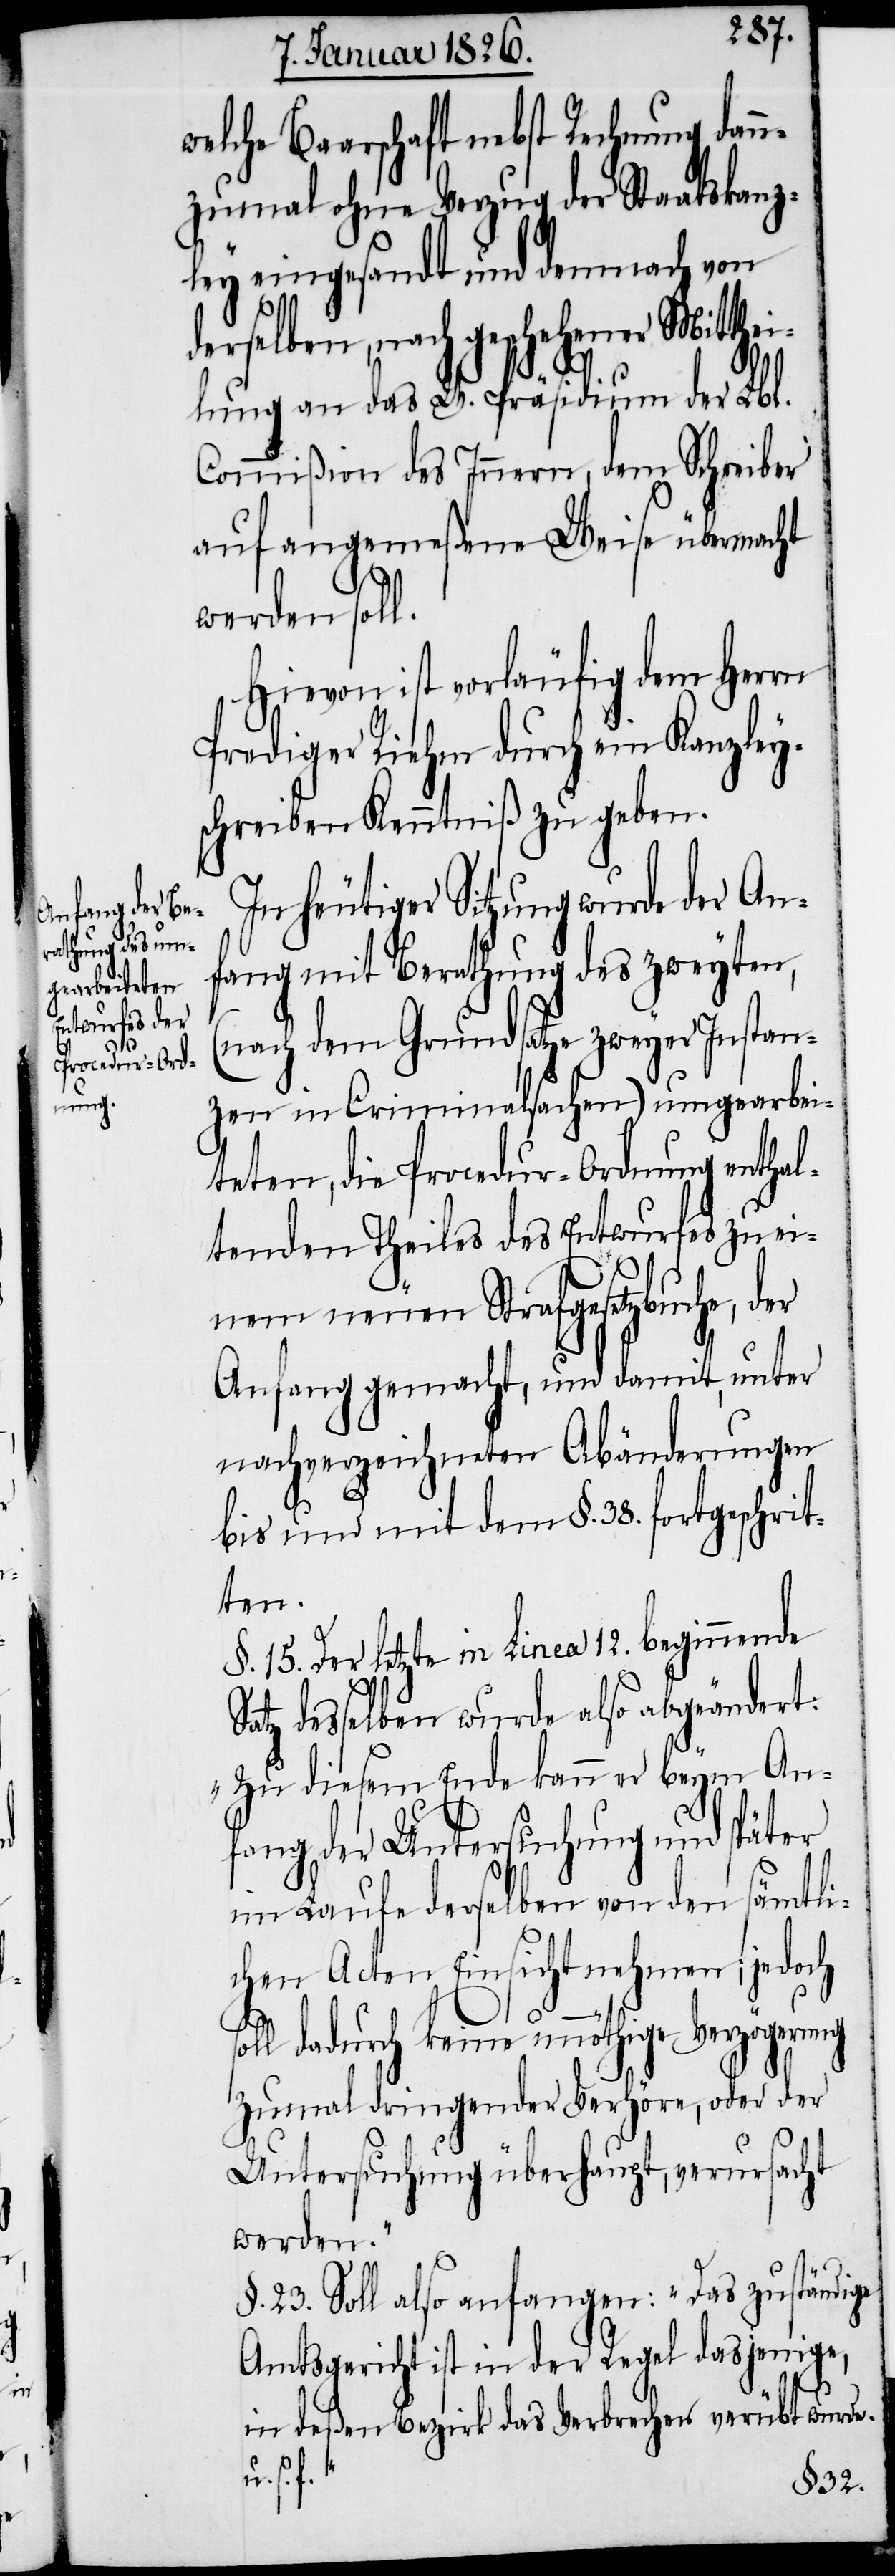
welche Baarschaft nebst Rechnung dan¬
nzumal ohne Verzug der Staatskanz¬
ley eingesandt und demnach von
erselben, nach geschehener Mitthe¬
ilung an das W. Präsidium der Lbl.
Commißion des Innern, dem Schreiber
auf angemeßene Weise übermacht
werden soll.
Hievon ist vorläufig dem Herrn
Prediger Riehm durch ein Kanzley¬
schreiben Kenntniß zu geben.
In heutiger Sitzung wurde der An¬
fang mit Berathung des zweyten,
(nach dem Grundsatze zweyer Instan¬
zen in Criminalsachen) umgearbei¬
teten, die Procedur-Ordnung enthal¬
tenden Theiles des Entwurfes zu ei¬
Sa¬
nem neuen Strafgesetzbuche, der
Anfang gemacht, und damit, unter
nachverzeichneten Abänderungen
bis und mit dem §. 38. fortgeschrit¬
ten.
§. 15. Der letzte in Linea 12. beginnende
tz desselben wurde also abgeändert:
„Zu diesem Ende kann er beym An¬
fang der Untersuchung und später
im Laufe derselben von den sämtli¬
chen Acten Einsicht nehmen; jedoch
soll dadurch keine unnöthige Verzögerung
zumal dringender Verhöre, oder der
Untersuchung überhaupt, verursacht
werden.“
§. 23. Soll also anfangen: „Das zuständige
Amtsgericht ist in der Regel dasjenige,
d¬
in deßen Bezirk das Verbrechen verübt wurde
u. s. f.“